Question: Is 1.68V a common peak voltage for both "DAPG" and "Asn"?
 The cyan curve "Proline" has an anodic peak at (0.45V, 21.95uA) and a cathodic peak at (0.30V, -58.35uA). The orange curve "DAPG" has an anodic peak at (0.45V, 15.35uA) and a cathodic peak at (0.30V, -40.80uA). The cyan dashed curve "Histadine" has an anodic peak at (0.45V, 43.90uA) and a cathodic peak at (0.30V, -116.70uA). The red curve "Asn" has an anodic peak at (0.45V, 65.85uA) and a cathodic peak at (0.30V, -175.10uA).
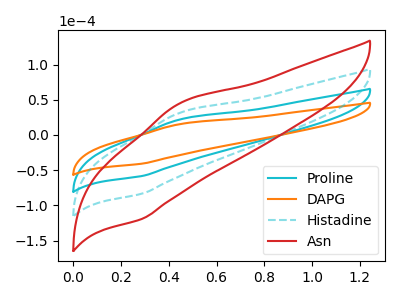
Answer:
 <answer>No, "DAPG" and "Asn" dont share a peak at 1.68V.</answer>
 <eval>mismatch</eval>